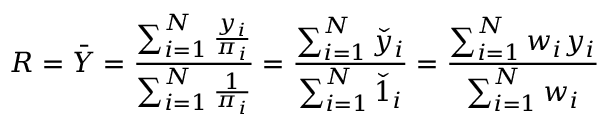
R = { \bar { Y } } = { \frac { \sum _ { i = 1 } ^ { N } { \frac { y _ { i } } { \pi _ { i } } } } { \sum _ { i = 1 } ^ { N } { \frac { 1 } { \pi _ { i } } } } } = { \frac { \sum _ { i = 1 } ^ { N } { \check { y } } _ { i } } { \sum _ { i = 1 } ^ { N } { \check { 1 } } _ { i } } } = { \frac { \sum _ { i = 1 } ^ { N } w _ { i } y _ { i } } { \sum _ { i = 1 } ^ { N } w _ { i } } }